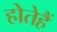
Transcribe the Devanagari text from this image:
होतेहैं